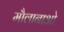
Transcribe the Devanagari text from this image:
मौलानाओ